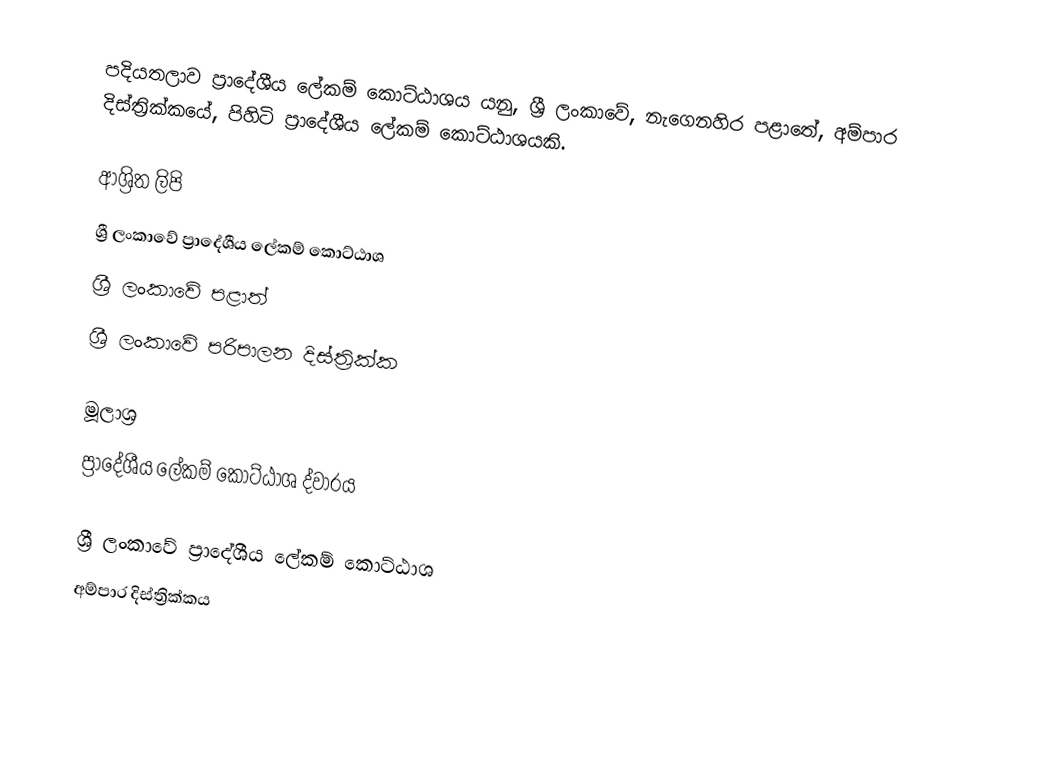
පදියතලාව ප්‍රාදේශීය ලේකම් කොට්ඨාශය යනු,  ශ්‍රී ලංකාවේ, නැගෙනහිර පළාතේ,   අම්පාර දිස්ත්‍රික්කයේ, පිහිටි ප්‍රාදේශීය ලේකම් කොට්ඨාශයකි.

ආශ්‍රිත ලිපි
ශ්‍රී ලංකාවේ ප්‍රාදේශීය ලේකම් කොට්ඨාශ
ශ්‍රී ලංකාවේ පළාත්
ශ්‍රී ලංකාවේ පරිපාලන දිස්ත්‍රික්ක

මූලාශ්‍ර
 ප්‍රාදේශීය ලේකම් කොට්ඨාශ ද්වාරය

ශ්‍රී ලංකාවේ ප්‍රාදේශීය ලේකම් කොට්ඨාශ
අම්පාර දිස්ත්‍රික්කය